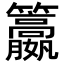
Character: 𥸏